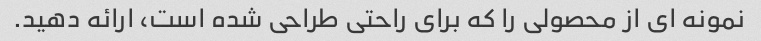
نمونه ای از محصولی را که برای راحتی طراحی شده است، ارائه دهید.